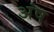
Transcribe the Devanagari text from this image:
अंष